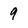
Character: 9